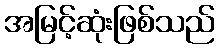
အမြင့်ဆုံးဖြစ်သည်